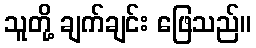
သူတို့ ချက်ချင်း ဖြေသည်။